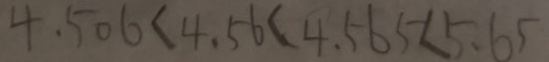
4 . 5 0 6 < 4 . 5 6 < 4 . 5 6 5 < 5 . 6 5